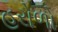
હરોળો